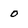
Character: 0